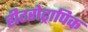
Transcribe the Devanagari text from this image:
हीटरोट्रापिक